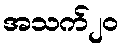
အသက်၂၀